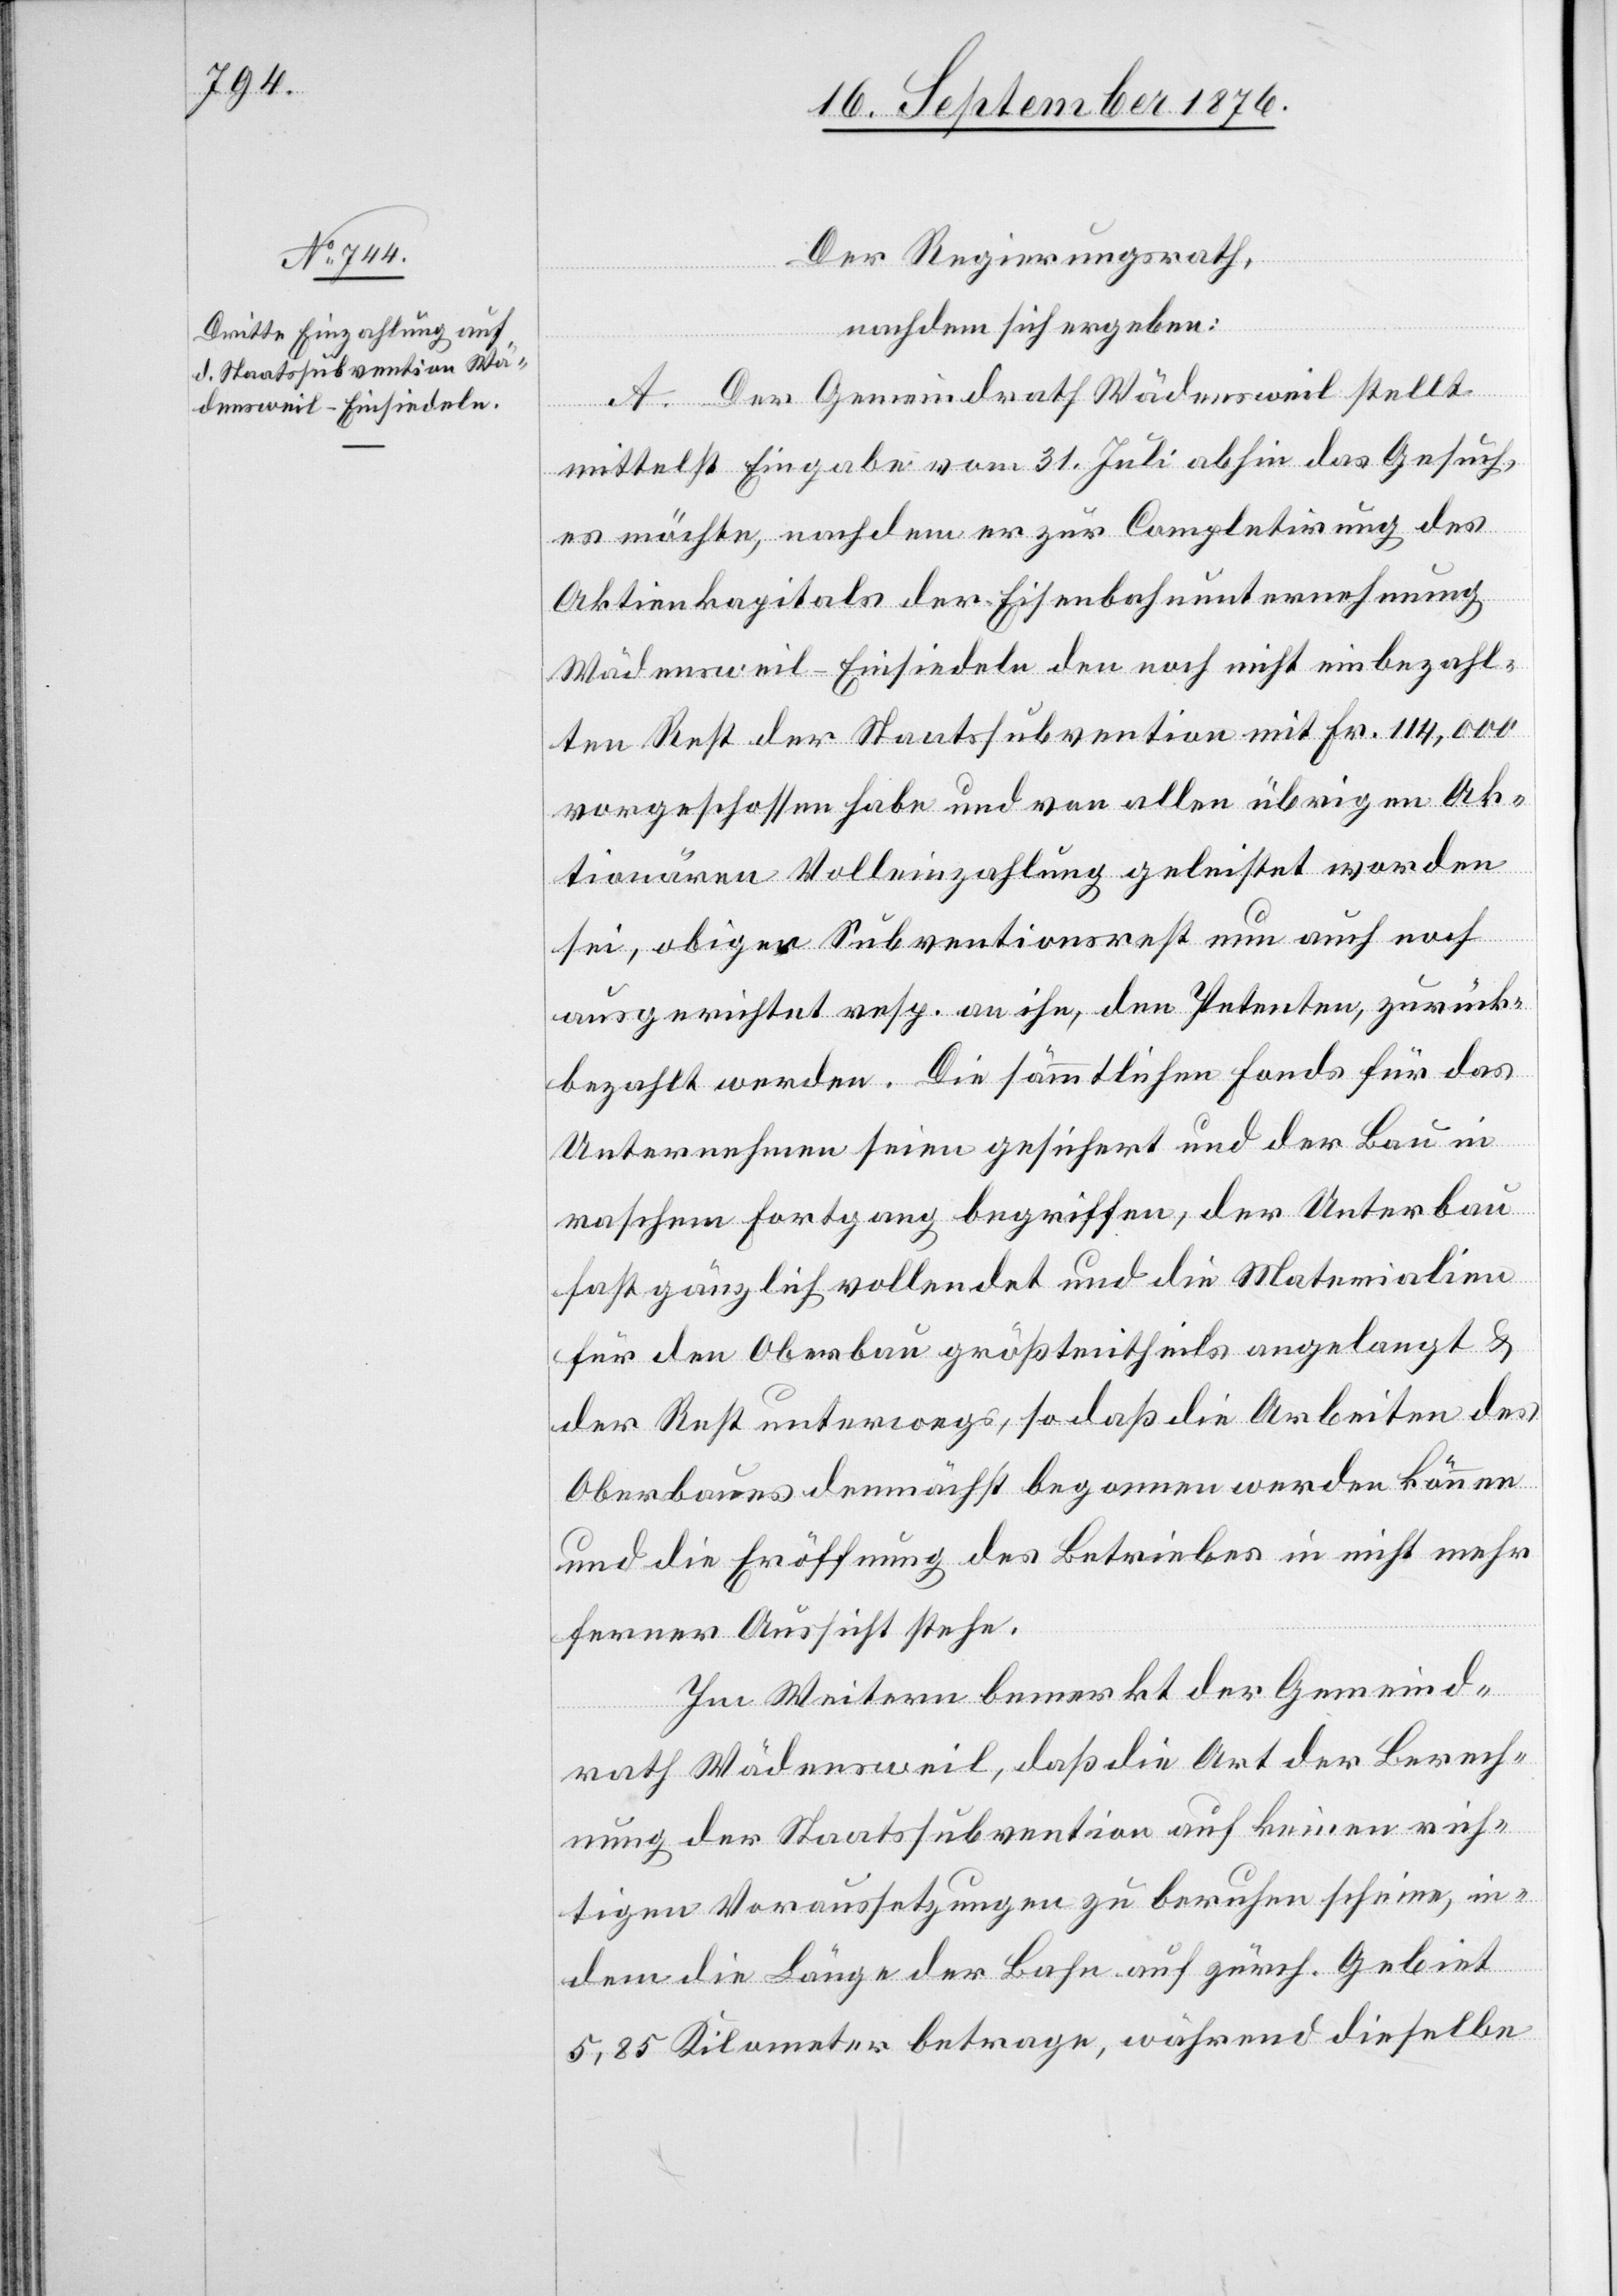
Der Regierungsrath,
nachdem sich ergeben:
A. Der Gemeindrath Wädensweil stellt
mittelst Eingabe vom 31. Juli abhin das Gesuch,
es möchte, nachdem er zur Completirung des
Aktienkapitals der Eisenbahnunternehmung
Wädensweil–Einsiedeln den noch nicht einbezahl¬
ten Rest der Staatssubvention mit Fr. 114,000
vorgeschossen habe und von allen übrigen Ak¬
tionären Volleinzahlung geleistet worden
sei, obiger Subventionsrest nun auch noch
ausgerichtet resp. an ihn, den Petenten, zurück¬
bezahlt werden. Die sämmtlichen Fonds für das
Unternehmen seien gesichert und der Bau in
raschem Fortgang begriffen, der Unterbau
fast gänzlich vollendet und die Materialien
für den Oberbau größtentheils angelangt &
der Rest unterwegs, so daß die Arbeiten des
Oberbaues demnächst begonnen werden können
und die Eröffnung des Betriebes in nicht mehr
ferner Aussicht stehe.
Im Weitern bemerkt der Gemeind¬
rath Wädensweil, daß die Art der Berech¬
nung der Staatssubvention auf keinen rich¬
tigen Voraussetzungen zu beruhen scheine, in¬
dem die Länge der Bahn auf zürch. Gebiet
5,85 Kilometer betrage, während dieselbe